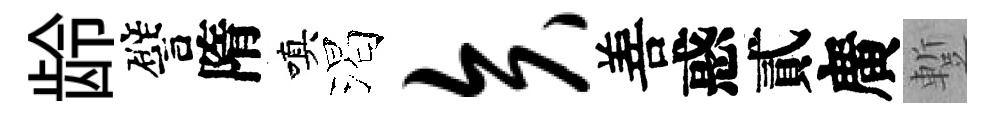
龄譬隋嗔渴矢善惑貳廣蹔